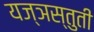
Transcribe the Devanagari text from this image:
यज्ञस्तुती